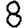
Digit: 8